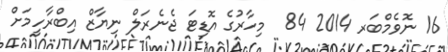
16 ނޮވެމްބަރ 2014 84  މިހާރުގެ އޮޑިޓަ ޖެނެރަލް ނިޔާޒް އިބްރާހީމަށް